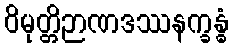
ဝိမုတ္တိဉာဏဒဿနက္ခန္ဓံ